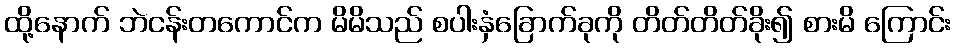
ထို့နောက် ဘဲငန်းတကောင်က မိမိသည် စပါးနှံခြောက်ခုကို တိတ်တိတ်ခိုး၍ စားမိ ကြောင်း